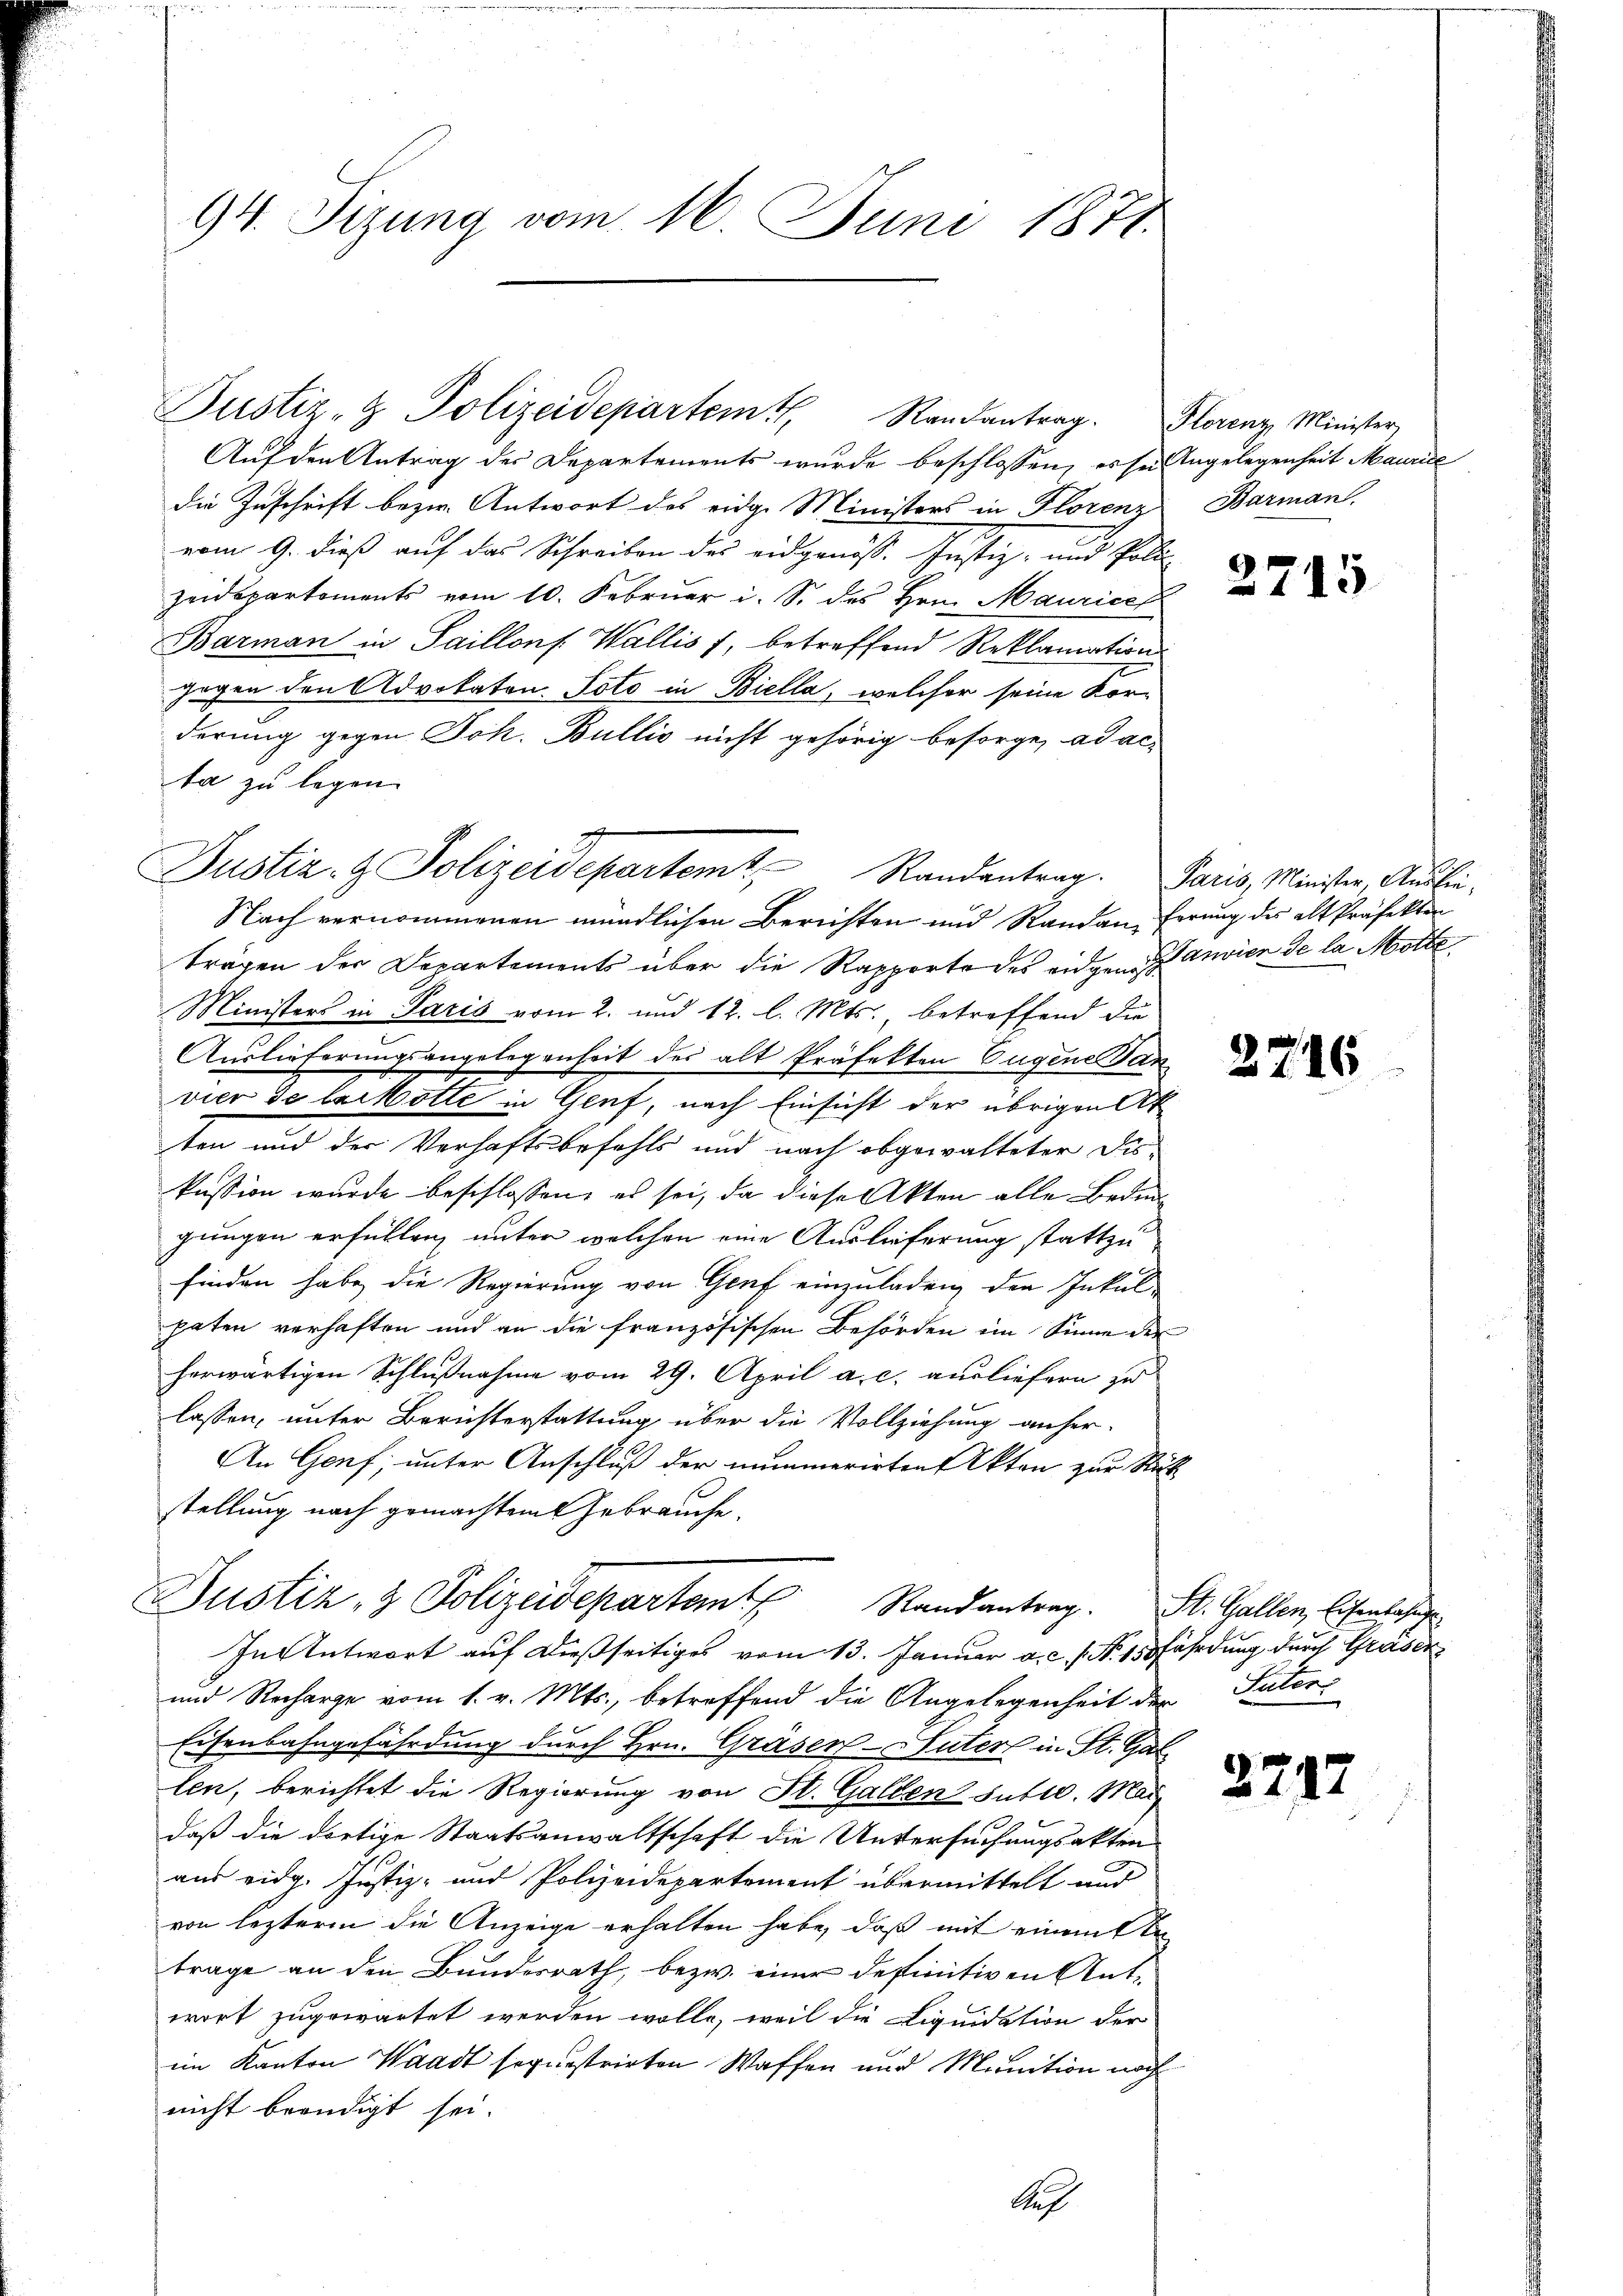
94. Sizung vom 16. Juni 1871.

Auf den Antrag des Departements wurde beschlossen, es sei Angelegenheit Maurice
die Zuschrift bezw. Antwort des eidge Ministers in Florenz Barman
vom 9. dieß auf das Schreiben des eidgenöss. Justiz- und Polizeidepartements vom 10. Februar i. S. des Hrn. Maurice
Barman in Saillons Wallis f, betreffend Reklamations
gegen den Advokaten. Voto in Biella, welcher seine Korderung gegen Joh. Bullis nicht gehörig besorge, ad ac-
ta zu legen.
Nach vernommenen mündlichen Berichten und Randan, ferung des alt Präfekten
trägen der Departements über die Rapporte des eidgen. Janvien de la Motte
Ministers in Paris vom 2. und 12. l. Mts., betreffend die
Auslieferungsangelegenheit des alt Präfekten Eugene San
vier de laikotte in Genf, nach Einsicht der übrigen Atten und der Verhaftsbefehls und nach abgewalteter Diskussion wurde beschlossen, es sei, da diese Akten alle Bedingungen erfüllen, unter welchen eine Auslieferung stattzu
finden habe die Regierung von Genf einzuladen, den Inkalpaten verhaften und an die französischen Behörden im Sinne der
herwärtigen Schlußnahme vom 29. April a. c. ausliefern zu
lassen, unter Berichterstattung über die Vollziehung anher¬
An Genf, unter Anschluß der nimmerirten Akten zur Stück
stellung nach gemachtem Gebrauche.

Justiz- & Polizeidepartem Randantrag. Florenz Minister,

Justiz- & Polizeidepartemt Randentrag. Paris, Minister, Ausbei-

und Recharge vom 1. v. Mts., betreffend die Angelegenheit der Paters
Eisenbahngefährdung durch Hrn. Gräsen-Suterl in St. Gal
len, berichtet die Regierung von St. Gallen sutto. Mai
daß die dortige Staatsanwaltschaft die Untersuchungsakten
aus eidg. Justiz- und Polizeidepartement übermittelt und
von leztere die Anzeige erhalten habe, daß mit einem te
trage an den Bundesrath, bezw. einer definitiven Antwort zugewartet werden wolle, weil die Liquidation der
im Kanton Waadt sequestrirten Waffen und Munition noch
nicht beendigt sei.
Seh

Justiz- & Polizeidepartem Randantrag. St. Gallen, Eisenbahnge
In Antwort auf dießseitiges vom 13. Januar a. c. s. N. 158 fährdung durch Graser

2715

2

27

16